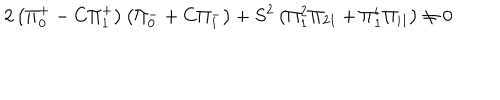
2 \left( \Pi _ { 0 } ^ { + } - C \Pi _ { 1 } ^ { + } \right) \left( \Pi _ { 0 } ^ { - } + C \Pi _ { 1 } ^ { - } \right) + S ^ { 2 } \left( \Pi _ { 1 } ^ { 2 } \Pi _ { 2 1 } + \Pi _ { 1 } ^ { i } \Pi _ { i 1 } \right) \neq 0